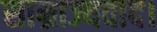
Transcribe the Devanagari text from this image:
साम्राज्यवाद।